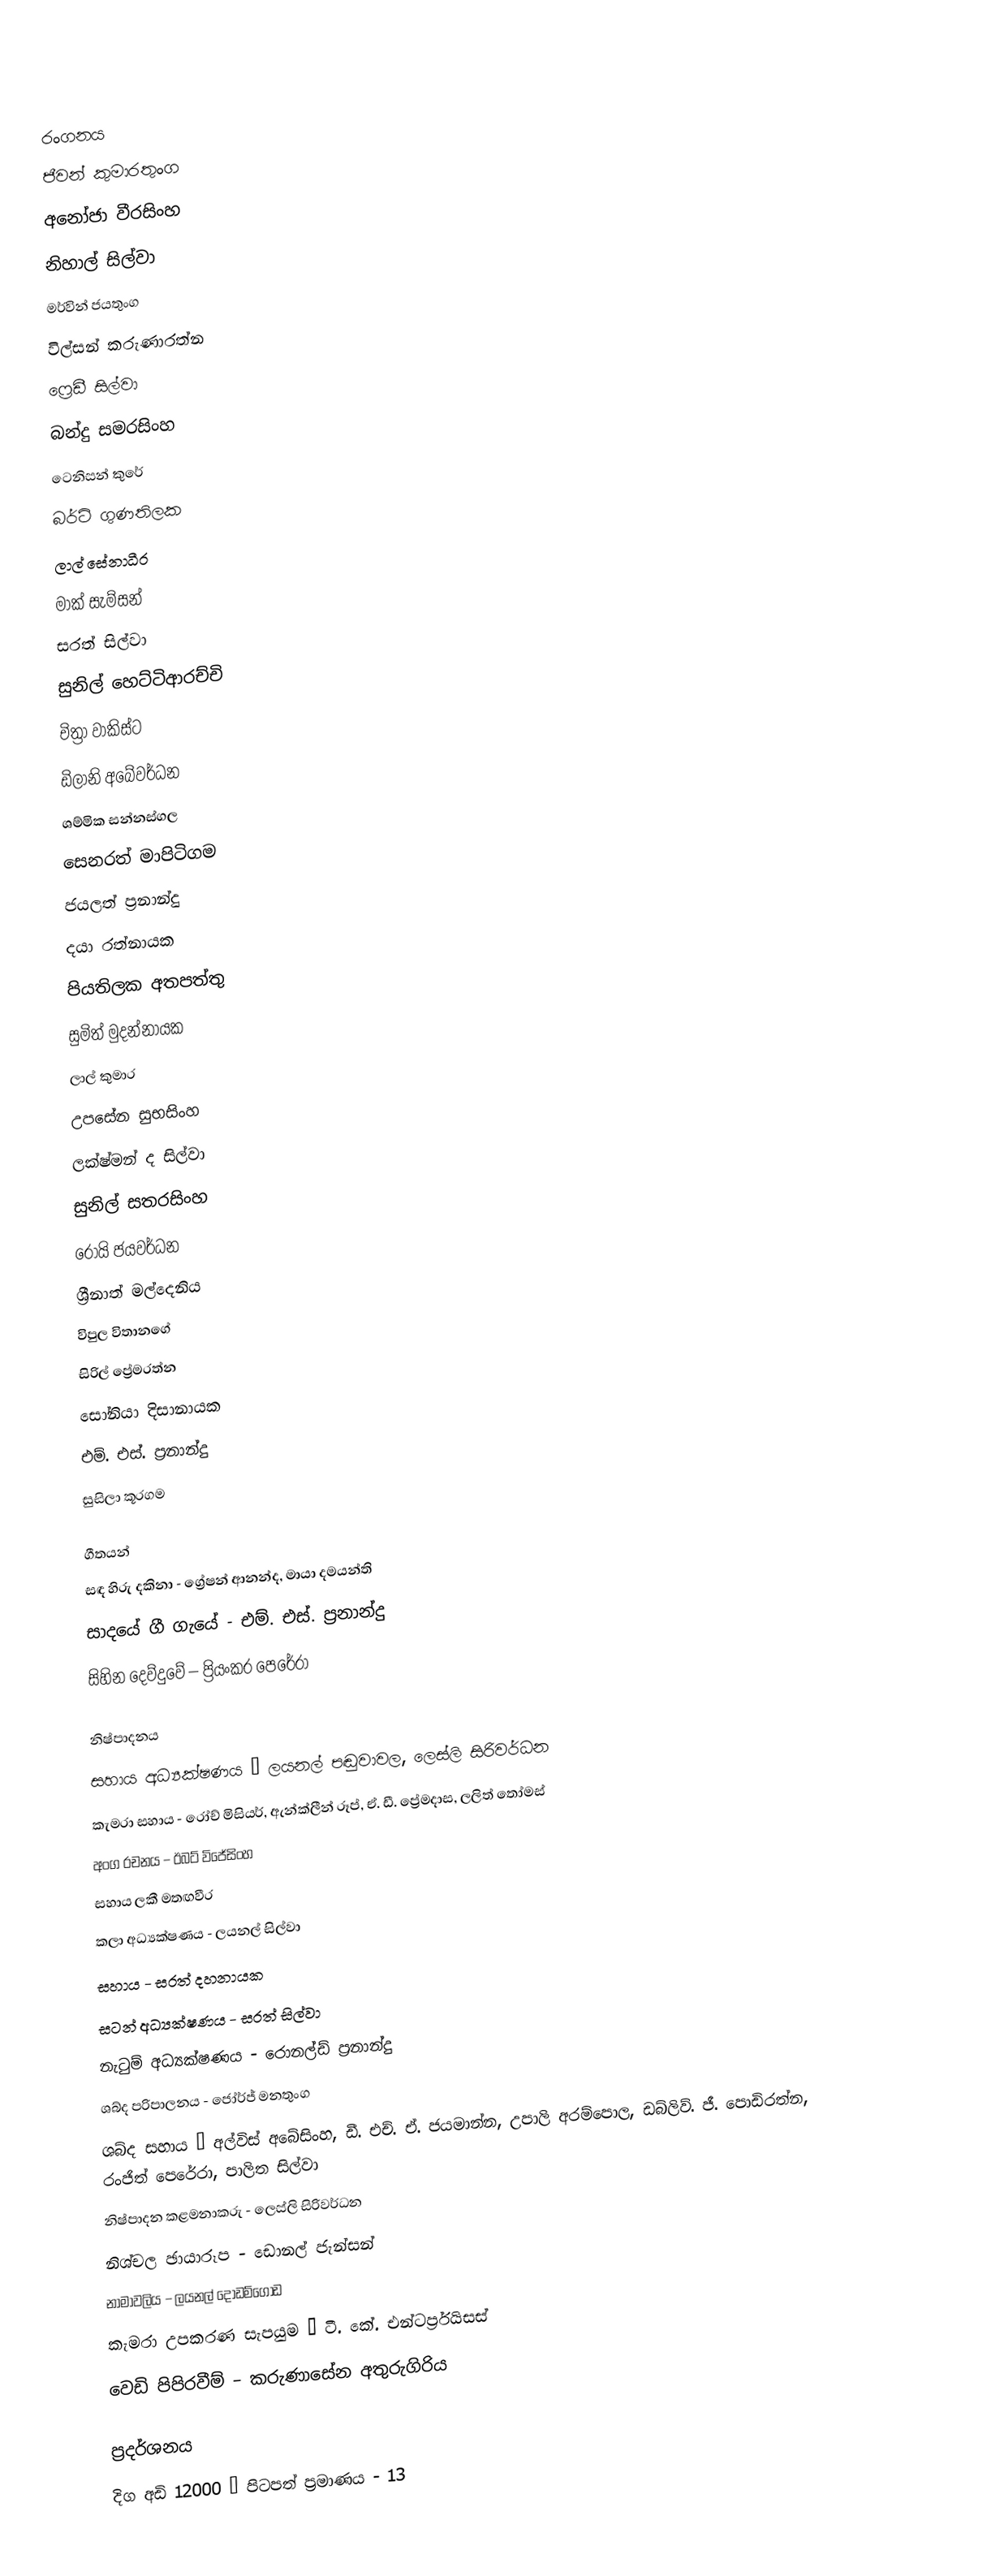

රංගනය
ජීවන් කුමාරතුංග
අනෝජා වීරසිංහ
නිහාල් සිල්වා
මර්වින් ජයතුංග
විල්සන් කරුණාරත්න
ෆ්‍රෙඩී සිල්වා
බන්දු සමරසිංහ
ටෙනිසන් කුරේ
බර්ටි ගුණතිලක
ලාල් සේනාධීර
මාක් සැම්සන්
සරත් සිල්වා
සුනිල් හෙට්ටිආරච්චි
චිත්‍රා වාකිස්ට
ඩිලානි අබේවර්ධන
ශම්මික සන්නස්ගල
සෙනරත් මාපිටිගම
ජයලත් ප්‍රනාන්දු
දයා රත්නායක
පියතිලක අතපත්තු
සුමිත් මුදන්නායක
ලාල් කුමාර
උපසේන සුභසිංහ
ලක්ෂ්මන් ද සිල්වා
සුනිල් සතරසිංහ
රෝයි ජයවර්ධන
ශ්‍රීනාත් මල්දෙනිය
විපුල විතානගේ
සිරිල් ප්‍රේමරත්න
සෝනියා දිසානායක
එම්. එස්. ප්‍රනාන්දු
සුසිලා කූරගම

ගීතයන්
සඳ හිරු දකිනා - ග්‍රේෂන් ආනන්ද, මායා දමයන්ති
සාදයේ ගී ගැයේ - එම්. එස්. ප්‍රනාන්දු
සිහින දෙව්දුවේ – ප්‍රියංකර පෙරේරා

නිෂ්පාදනය
සහාය අධ්‍යක්ෂණය – ලයනල් පඬුවාවල, ලෙස්ලි සිරිවර්ධන
කැමරා සහාය - රෝච් මිසියර්, ඇන්ක්ලීන් රූප්, ඒ. ඩී. ප්‍රේමදාස, ලලිත් තෝමස්
අංග රචනය – ඊබට් විජේසිංහ
සහාය ලකී මතඟවීර
කලා අධ්‍යක්ෂණය - ලයනල් සිල්වා
සහාය - සරත් දහනායක
සටන් අධ්‍යක්ෂණය - සරත් සිල්වා
නැටුම් අධ්‍යක්ෂණය - රොනල්ඩ් ප්‍රනාන්දු
ශබ්ද පරිපාලනය - ජෝර්ජ් මනතුංග
ශබ්ද සහාය – අල්විස් අබේසිංහ, ඩී. එච්. ඒ. ජයමාන්න, උපාලි අරම්පොල, ඩබ්ලිව්. ජී. පොඩිරත්න, රංජිත් පෙරේරා, පාලිත සිල්වා
නිෂ්පාදන කළමනාකරු - ලෙස්ලි සිරිවර්ධන
නිශ්චල ඡායාරූප - ඩොනල් ජැන්සන්
නාමාවලිය – ලයනල් දොඩම්ගොඩ
කැමරා උපකරණ සැපයුම – ටී. කේ. එන්ටර්ප්‍රයිසස්
වෙඩි පිපිරවීම් – කරුණාසේන අතුරුගිරිය

ප්‍රදර්ශනය
දිග අඩි 12000 – පිටපත් ප්‍රමාණය - 13